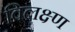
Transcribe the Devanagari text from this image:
विलक्ष्ण